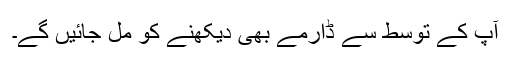
آپ کے توسط سے ڈارمے بھی دیکھنے کو مل جائیں گے۔